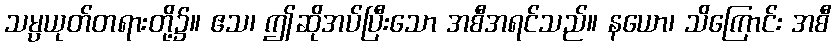
သမ္ပယုတ်တရားတို့၌။ ဧသ၊ ဤဆိုအပ်ပြီးသော အစီအရင်သည်။ နယော၊ သိကြောင်း အစီ